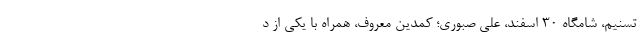
تسنیم، شامگاه 30 اسفند، علی صبوری؛ کمدین معروف، همراه با یکی از د